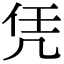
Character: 凭